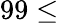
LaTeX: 99\leq